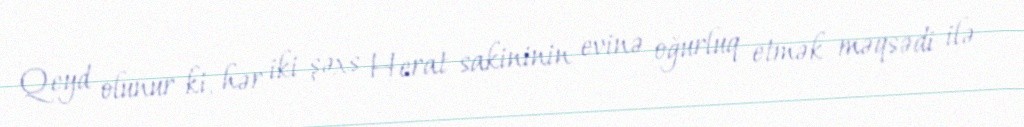
Qeyd olunur ki, hər iki şəxs Herat sakininin evinə oğurluq etmək məqsədi ilə